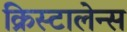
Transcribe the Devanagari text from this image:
क्रिस्टालेन्स